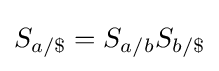
S_{a/\$}=S_{a/b}S_{b/\$}